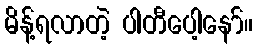
မိန့်ရလာတဲ့ ပါတီပေါ့နော်။